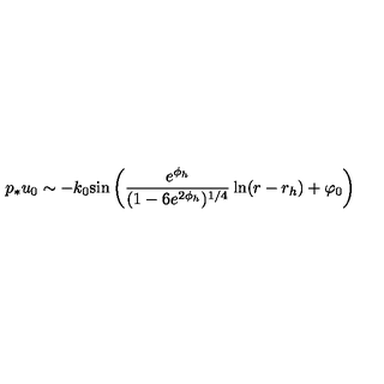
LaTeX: p _ { * } u _ { 0 } \sim - k _ { 0 } \mathrm { s i n } \left( \frac { e ^ { \phi _ { h } } } { ( 1 - 6 e ^ { 2 \phi _ { h } } ) ^ { 1 / 4 } } \ln ( r - r _ { h } ) + \varphi _ { 0 } \right)